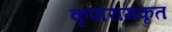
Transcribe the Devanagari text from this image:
कृपारामकृत